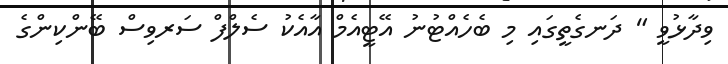
ވިދާޅުވީ " ދަނގެތީގައި މި ބެހެއްޓުނު އޭޓީއެމް އާއެކު ސެލްފް ސަރވިސް ބޭންކިންގެ